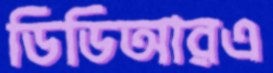
ডিডিআরএ